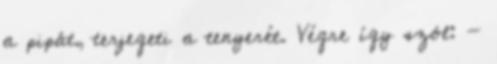
a pipát, terjegeti a tenyerét. Végre így szól: -